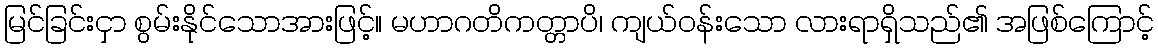
မြင်ခြင်းငှာ စွမ်းနိုင်သောအားဖြင့်။ မဟာဂတိကတ္တာပိ၊ ကျယ်ဝန်းသော လားရာရှိသည်၏ အဖြစ်ကြောင့်